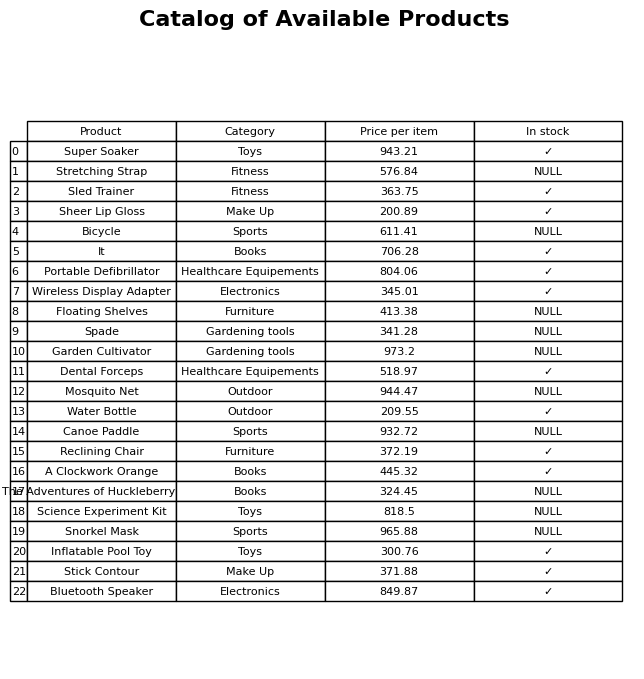
question: Which products are currently out of stock?
answer: Stretching Strap, Bicycle, Floating Shelves, Spade, Garden Cultivator, Mosquito Net, Canoe Paddle, The Adventures of Huckleberry Finn, Science Experiment Kit, Snorkel Mask